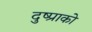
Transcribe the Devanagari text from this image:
दुष्प्राको